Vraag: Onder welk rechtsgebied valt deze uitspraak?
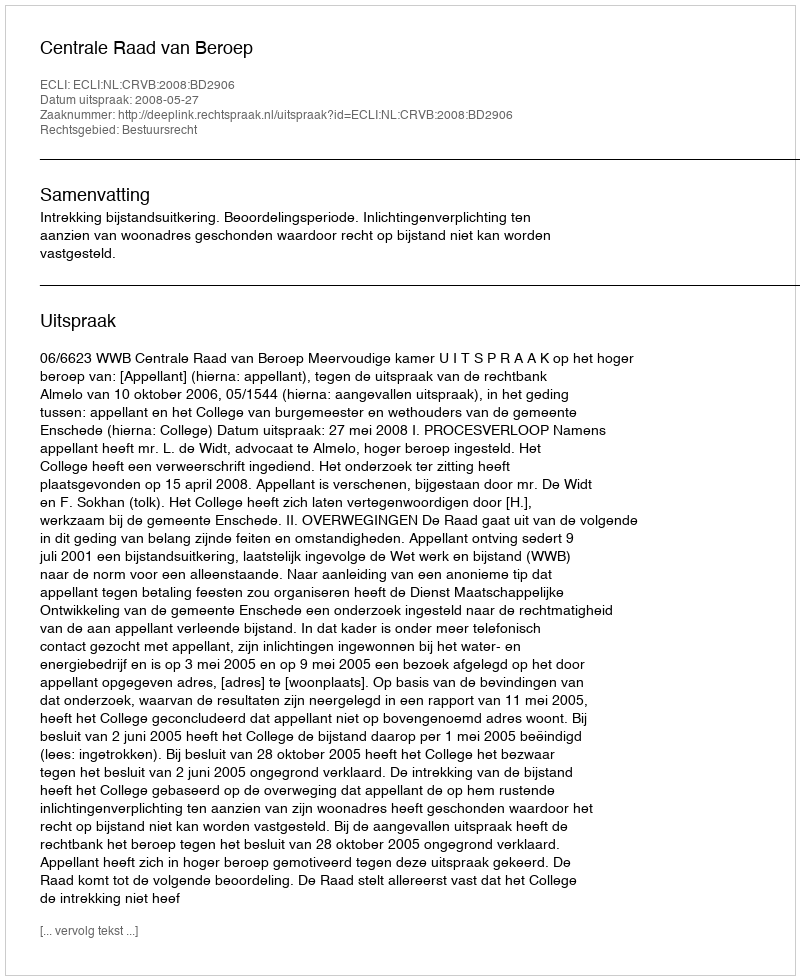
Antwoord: Bestuursrecht